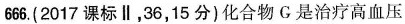
666. (2017课标Ⅱ，36，15分)化合物G是治疗高血压